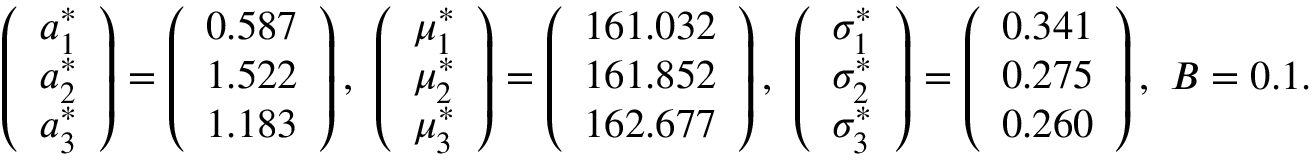
\begin{array} { r } { \left( \begin{array} { l } { a _ { 1 } ^ { * } } \\ { a _ { 2 } ^ { * } } \\ { a _ { 3 } ^ { * } } \end{array} \right) = \left( \begin{array} { l } { 0 . 5 8 7 } \\ { 1 . 5 2 2 } \\ { 1 . 1 8 3 } \end{array} \right) , \ \left( \begin{array} { l } { \mu _ { 1 } ^ { * } } \\ { \mu _ { 2 } ^ { * } } \\ { \mu _ { 3 } ^ { * } } \end{array} \right) = \left( \begin{array} { l } { 1 6 1 . 0 3 2 } \\ { 1 6 1 . 8 5 2 } \\ { 1 6 2 . 6 7 7 } \end{array} \right) , \ \left( \begin{array} { l } { \sigma _ { 1 } ^ { * } } \\ { \sigma _ { 2 } ^ { * } } \\ { \sigma _ { 3 } ^ { * } } \end{array} \right) = \left( \begin{array} { l } { 0 . 3 4 1 } \\ { 0 . 2 7 5 } \\ { 0 . 2 6 0 } \end{array} \right) , \ B = 0 . 1 . } \end{array}